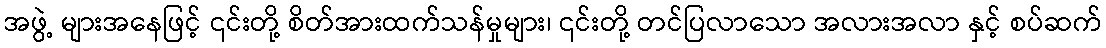
အဖွဲ့ များအနေဖြင့် ၎င်းတို့ စိတ်အားထက်သန်မှုများ၊ ၎င်းတို့ တင်ပြလာသော အလားအလာ နှင့် စပ်ဆက်